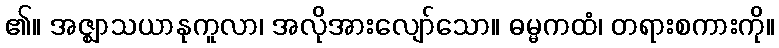
၏။ အဇ္ဈာသယာနုကူလာ၊ အလိုအားလျော်သော။ ဓမ္မကထံ၊ တရားစကားကို။